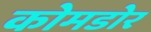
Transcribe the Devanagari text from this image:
कोमडोर